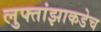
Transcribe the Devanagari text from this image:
लुफ्तांझाकडेच